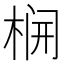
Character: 𬂻